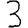
Digit: 3